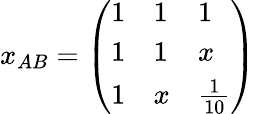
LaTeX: x_{AB}=\left(\begin{array}{lll}{{1}}&{{1}}&{{1}}\\ {{1}}&{{1}}&{{x}}\\ {{1}}&{{x}}&{{{\frac{1}{10}}}}\end{array}\right)